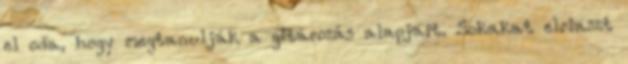
el oda, hogy megtanulják a gitározás alapjait. Sokakat elriaszt